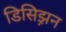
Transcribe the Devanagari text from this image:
डिसिझ़न